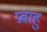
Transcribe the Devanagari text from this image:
प्रबाहु